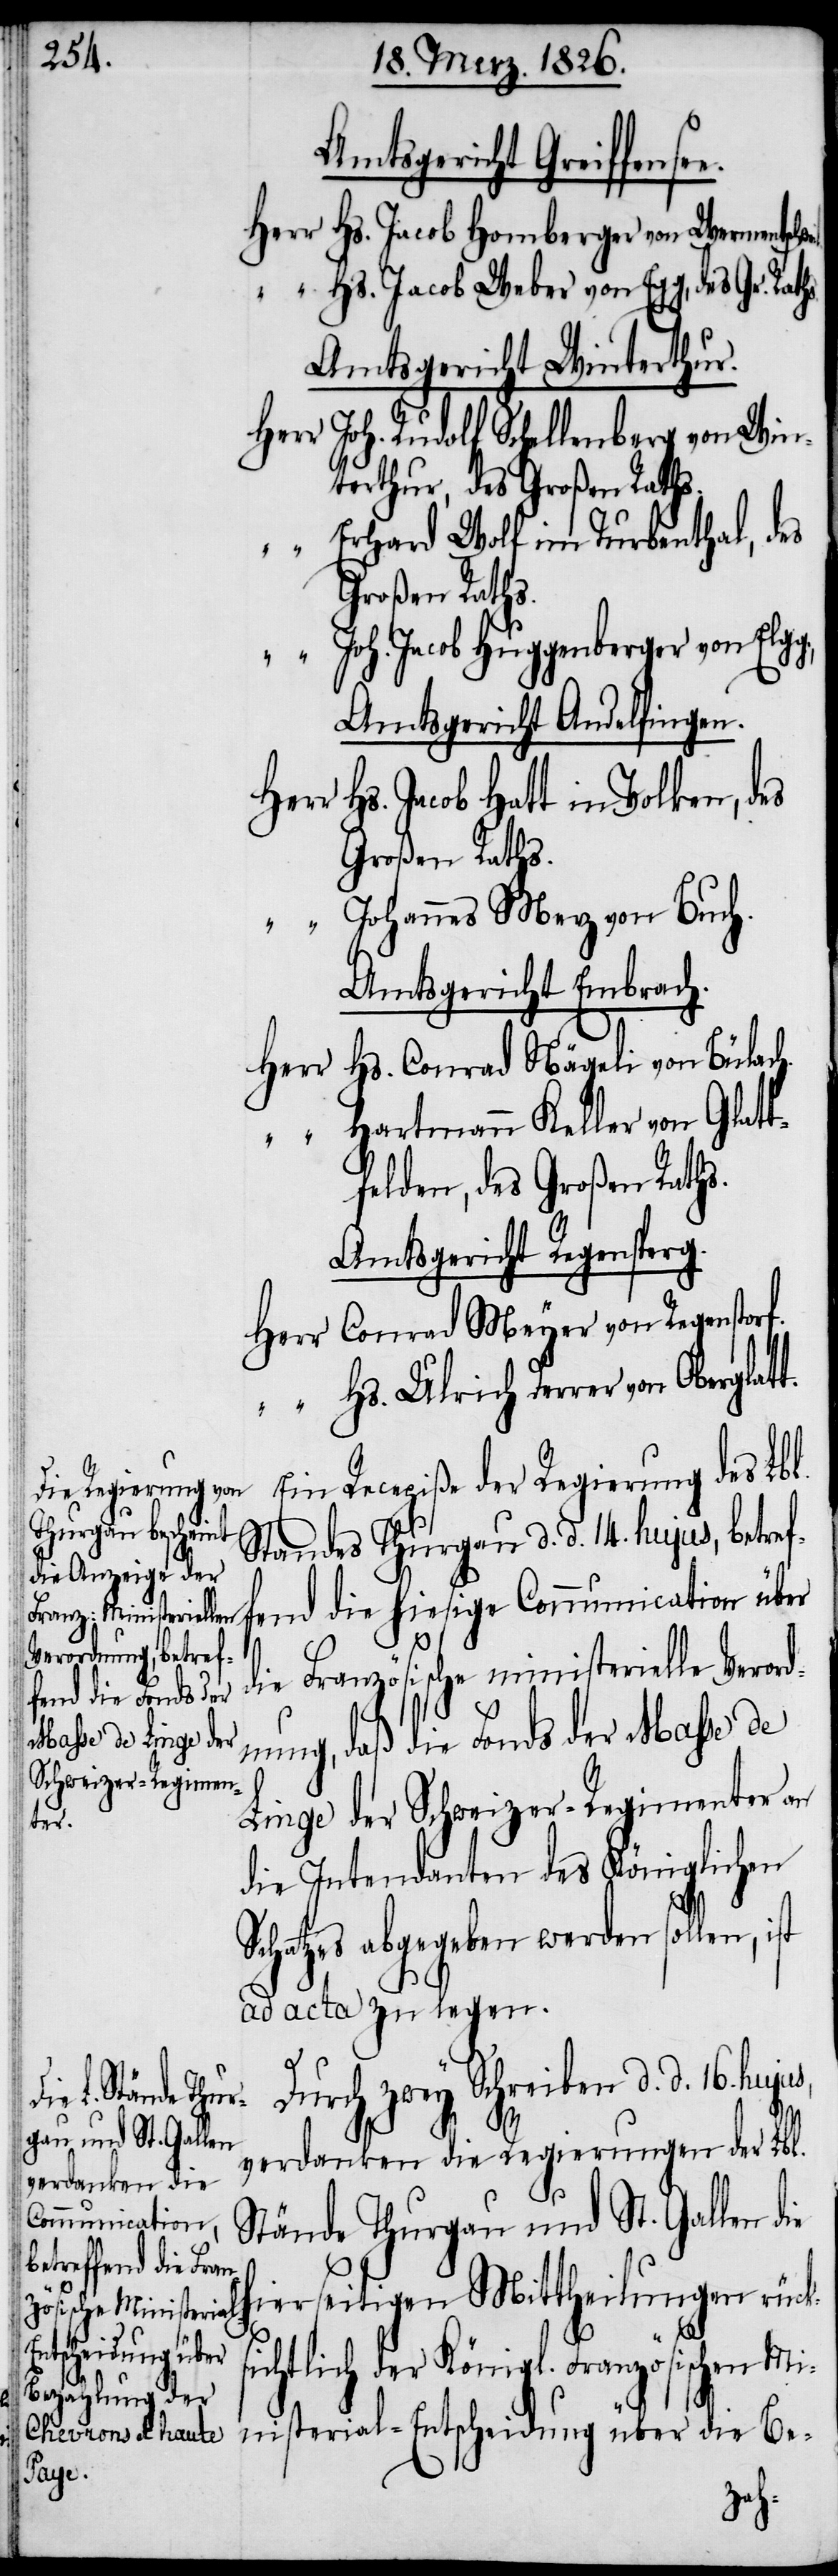
Amtsgericht Greiffense¬
Herr Hs. Jacob Homberger von Wermentsch¬
“	Hs. Jacob Weber von Egg, des Gr.
Amtsgericht Winterthur.
Herr Joh. Rudolf Schellenberg von Win¬
terthur, des Großen Raths.
“	Erhard Wolf im Turbenthal, des
Großen Raths.
“	Joh. Jacob Huggenberger von Elgg;
Amtsgericht Andelfingen.
Hs. Jacob Hatt in Volken, des
Großen Raths.
ohannes Merz von Buch.
Amtsgericht Embrach.
Hs. Conrad Nägeli von Bülach.
Herr
“	Hartmann Keller von Glatt¬
felden, des Großen Raths.
Amtsgericht Regensperg.
Herr Conrad Meyer von Regenstorf.
“	Hs. Ulrich Derrer von Oberglat¬
Ein Recepiße der Regierung des Lbl.
Standes Thurgau d. d. 14. hujus, betref¬
fend die hiesige Communication über
die Französische ministerielle Veror¬
dnung, daß die Fonds der Masse de
Linge der Schweizer-Regimenter an
weil.
die Intendanten des Königlichen
Schatzes abgegeben werden sollen, ist
ad acta zu legen.
Durch zwey Schreiben d. d. 16. huju¬
t.
verdanken die Regierungen der Lbl.
Stände Thurgau und St. Gallen d¬
ie hierseitigen Mittheilungen rück¬
s¬
ichtlich der Königl. Französischen Mi¬
nisterial-Entscheidung über die Be-
Raths.